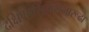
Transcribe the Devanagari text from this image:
दक्षिणासिंहासनारूढा